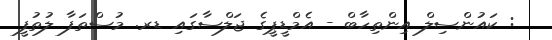
: ކައުންސިލް އިންތިހާބް - އެމްޑީޕީގެ ޖަލްސާގައި ޑރ. މުސްތަފާ ލުތުފީ